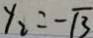
y _ { 2 } = - \sqrt { 3 }